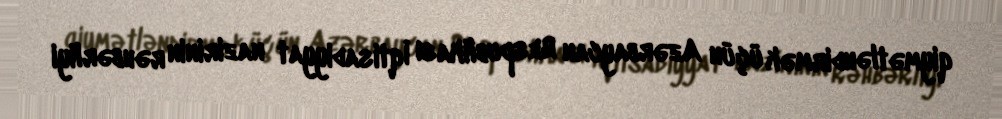
qiymətləndirmək üçün Azərbaycan Respublikası İqtisadiyyat nazirinin rəhbərliyi